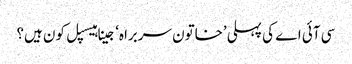
سی آئی اے کی پہلی ’خاتون سربراہ‘ جینا ہیسپل کون ہیں؟